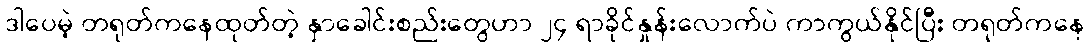
ဒါပေမဲ့ တရုတ်ကနေထုတ်တဲ့ နှာခေါင်းစည်းတွေဟာ ၂၄ ရာခိုင်နှုန်းလောက်ပဲ ကာကွယ်နိုင်ပြီး တရုတ်ကနေ